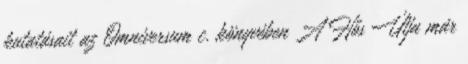
kutatásait az Omniversum c. könyvében A Hős Útja már